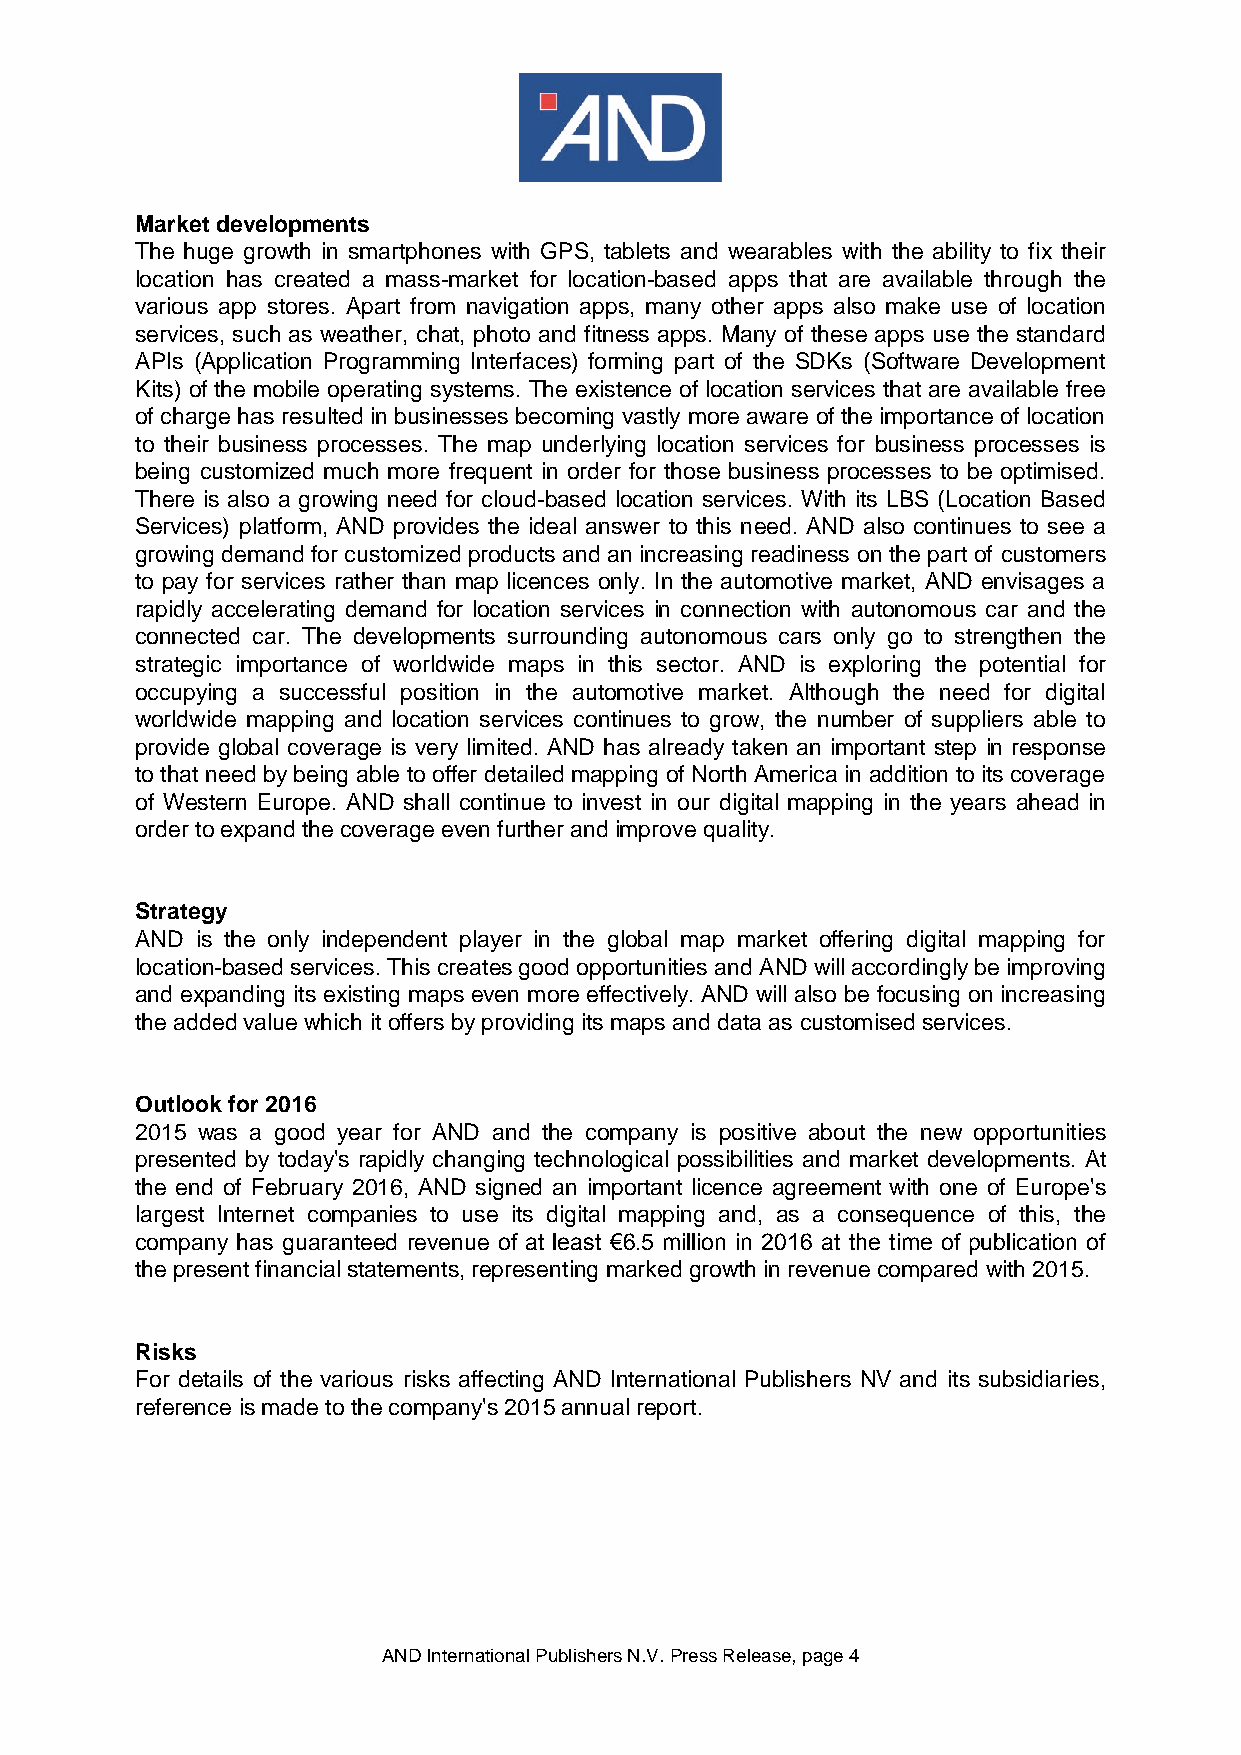
Market developments
 The huge growth in smartphones with GPS, tablets and wearables with the ability to fix their
 location has created a mass-market for location-based apps that are available through the
 various app stores. Apart from navigation apps, many other apps also make use of location
 services, such as weather, chat, photo and fitness apps. Many of these apps use the standard
 APIs (Application Programming Interfaces) forming part of the SDKs (Software Development
 Kits) of the mobile operating systems. The existence of location services that are available free
 of charge has resulted in businesses becoming vastly more aware of the importance of location
 to their business processes. The map underlying location services for business processes is
 being customized much more frequent in order for those business processes to be optimised.
 There is also a growing need for cloud-based location services. With its LBS (Location Based
 Services) platform, AND provides the ideal answer to this need. AND also continues to see a
 growing demand for customized products and an increasing readiness on the part of customers
 to pay for services rather than map licences only. In the automotive market, AND envisages a
 rapidly accelerating demand for location services in connection with autonomous car and the
 connected car. The developments surrounding autonomous cars only go to strengthen the
 strategic importance of worldwide maps in this sector. AND is exploring the potential for
 occupying a successful position in the automotive market. Although the need for digital
 worldwide mapping and location services continues to grow, the number of suppliers able to
 provide global coverage is very limited. AND has already taken an important step in response
 to that need by being able to offer detailed mapping of North America in addition to its coverage
 of Western Europe. AND shall continue to invest in our digital mapping in the years ahead in
 order to expand the coverage even further and improve quality.
 Strategy
 AND is the only independent player in the global map market offering digital mapping for
 location-based services. This creates good opportunities and AND will accordingly be improving
 and expanding its existing maps even more effectively. AND will also be focusing on increasing
 the added value which it offers by providing its maps and data as customised services.
 Outlook for 2016
 2015 was a good year for AND and the company is positive about the new opportunities
 presented by today's rapidly changing technological possibilities and market developments. At
 the end of February 2016, AND signed an important licence agreement with one of Europe's
 largest Internet companies to use its digital mapping and, as a consequence of this, the
 company has guaranteed revenue of at least €6.5 million in 2016 at the time of publication of
 the present financial statements, representing marked growth in revenue compared with 2015.
 Risks
 For details of the various risks affecting AND International Publishers NV and its subsidiaries,
 reference is made to the company's 2015 annual report.
 AND International Publishers N.V. Press Release, page 4